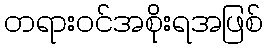
တရားဝင်အစိုးရအဖြစ်